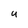
Character: u